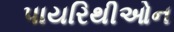
પાયરિથીઓન